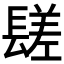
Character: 𨲠